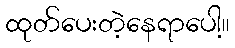
ထုတ်ပေးတဲ့နေရာပေါ့။